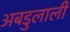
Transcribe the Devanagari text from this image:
अबडुलाली